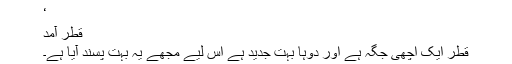
‘
قطر آمد
قطر ایک اچھی جگہ ہے اور دوہا بہت جدید ہے اس لیے مجھے یہ بہت پسند آیا ہے۔